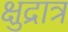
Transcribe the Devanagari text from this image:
क्षुद्रात्र